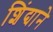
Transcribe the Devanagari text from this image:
शिंद्याने